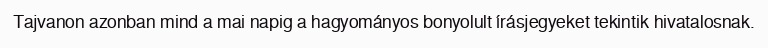
Tajvanon azonban mind a mai napig a hagyományos bonyolult írásjegyeket tekintik hivatalosnak.